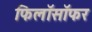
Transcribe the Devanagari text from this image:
फिलॉसॉफर